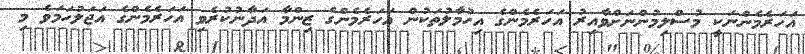
އަހަރެމެންނަކީ މުސްލިމުންނަށްވާއިރު އަހަރެމެންގެ އިހުމާލުތަކުން އަހަރެމެންގެ ޒިންމާ އަދާނުކުރެވި އަހަރެމެންގެ އަޖަލުހަމަވެ މި